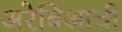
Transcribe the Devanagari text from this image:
अरेबिआची